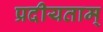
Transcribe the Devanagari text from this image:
प्रदीयताम्